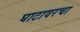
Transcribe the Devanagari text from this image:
घाटावरचा